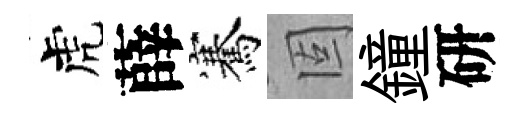
虎薛騫固鐘研